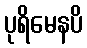
ပုရိမေနပိ